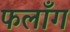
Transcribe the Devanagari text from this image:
फलाँग